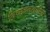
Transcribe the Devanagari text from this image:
विच्छेदनशामिल